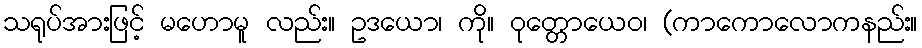
သရုပ်အားဖြင့် မဟောမူ လည်း။ ဥဒယော၊ ကို။ ဝုတ္တောယေဝ၊ (ကာကောလောကနည်း။